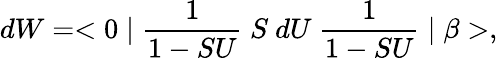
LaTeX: dW=<0\mid\frac{1}{1-SU}~S~dU~\frac{1}{1-SU}\mid\beta>,